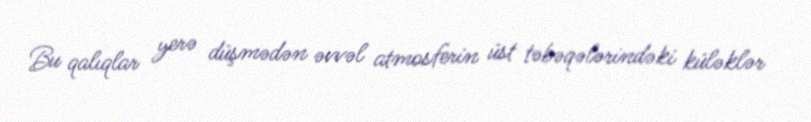
Bu qalıqlar yerə düşmədən əvvəl atmosferin üst təbəqələrindəki küləklər